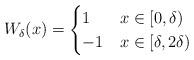
LaTeX: \begin{align*}W_\delta(x) = \begin{cases}1 & x \in [0,\delta) \\-1 & x \in [\delta,2\delta)\end{cases}\end{align*}